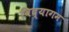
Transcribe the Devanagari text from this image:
विद्यागम